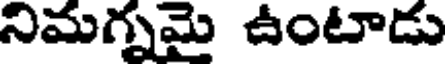
నిమగ్నమై ఉంటాడు